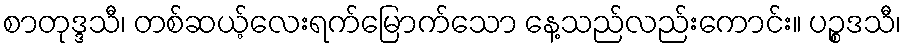
စာတုဒ္ဒသီ၊ တစ်ဆယ့်လေးရက်မြောက်သော နေ့သည်လည်းကောင်း။ ပဉ္စဒသီ၊